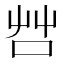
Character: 𠱭